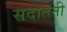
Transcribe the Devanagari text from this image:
सदातनी